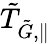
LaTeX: \tilde{T}_{\tilde{G},\parallel}